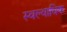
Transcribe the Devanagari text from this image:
स्वल्वाधिक